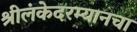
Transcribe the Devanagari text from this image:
श्रीलंकेदरम्यानचा